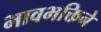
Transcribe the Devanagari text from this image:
भावभक्तिने